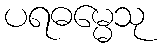
ပရဓမ္မေသု